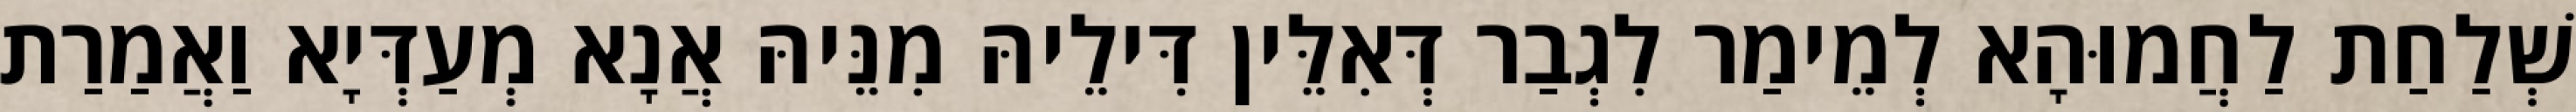
שְׁלַחַת לַחֲמוּהָא לְמֵימַר לִגְבַר דְּאִלֵּין דִּילֵיהּ מִנֵּיהּ אֲנָא מְעַדְּיָא וַאֲמַרַת